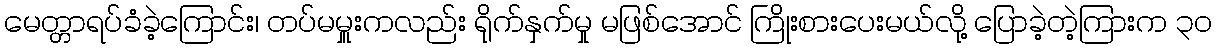
မေတ္တာရပ်ခံခဲ့ကြောင်း၊ တပ်မမှူးကလည်း ရိုက်နှက်မှု မဖြစ်အောင် ကြိုးစားပေးမယ်လို့ ပြောခဲ့တဲ့ကြားက ၃၀